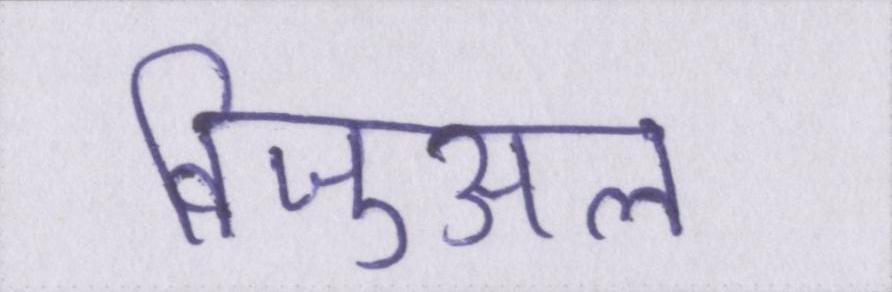
विजुअल